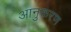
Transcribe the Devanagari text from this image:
आनुकरण